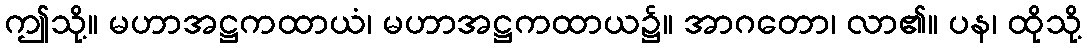
ဤသို့။ မဟာအဋ္ဌကထာယံ၊ မဟာအဋ္ဌကထာယ၌။ အာဂတော၊ လာ၏။ ပန၊ ထိုသို့